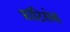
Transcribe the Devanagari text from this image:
फ्रांटिसेक